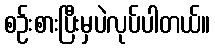
စဉ်းစားပြီးမှပဲလုပ်ပါတယ်။